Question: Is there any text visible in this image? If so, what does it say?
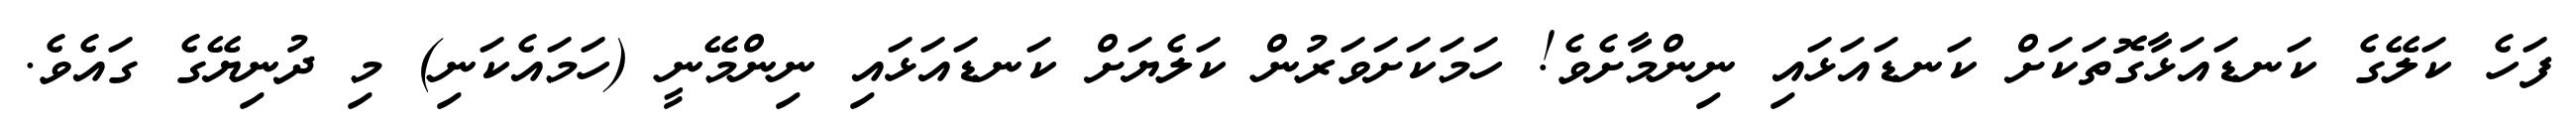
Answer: ފަހެ ކަލޭގެ ކަނޑައަޅާގޮތަކަށް ކަނޑައަޅައި ނިންމާށެވެ! ހަމަކަށަވަރުން ކަލެޔަށް ކަނޑައަޅައި ނިންމޭނީ (ހަމައެކަނި) މި ދުނިޔޭގެ ގައެވެ.